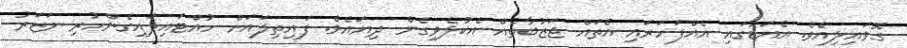
ގޮވައިލިއެވެ. އެއަޑުގައި އެއްފަހަރައި އެތައް ޖަޒުބާތެއް އެކުލެވިގެން ދިޔައެވެ. ފައިތިލައަށް ހުއްޓައިލައިގެންހުރި ނަޒަރު